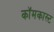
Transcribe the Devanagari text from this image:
कॉमकास्‍ट